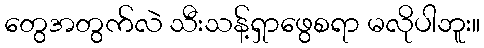
တွေအတွက်လဲ သီးသန့်ရှာဖွေစရာ မလိုပါဘူး။